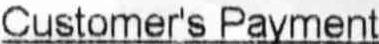
CUSTOMER'S PAYMENT